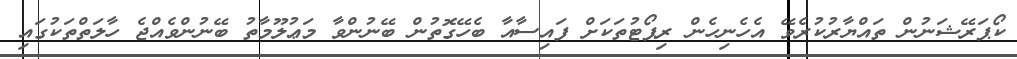
ކޯޕަރޭޝަނުން ތައްޔާރުކުރެވޭ އެހެނިހެން ރިޕޯޓުތަކަށް ފައިސާއާ ބެހޭގޮތުން ބޭނުންވާ މަޢުލޫމާތު ބޭނުންވެއްޖެ ހާލަތްތަކުގައި